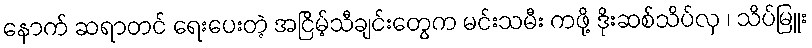
နောက် ဆရာတင် ရေးပေးတဲ့ အငြိမ့်သီချင်းတွေက မင်းသမီး ကဖို့ ဒိုးဆစ်သိပ်လှ ၊ သိပ်မြူး